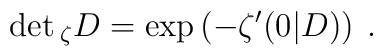
\det{}_\zeta D=\exp\left(-\zeta'(0|D)\right)\:.